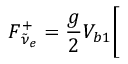
F _ { \tilde { \nu } _ { e } } ^ { + } = { \frac { g } { 2 } } V _ { b 1 } \bigg [